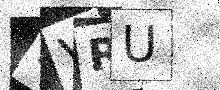
Text: 9VRU